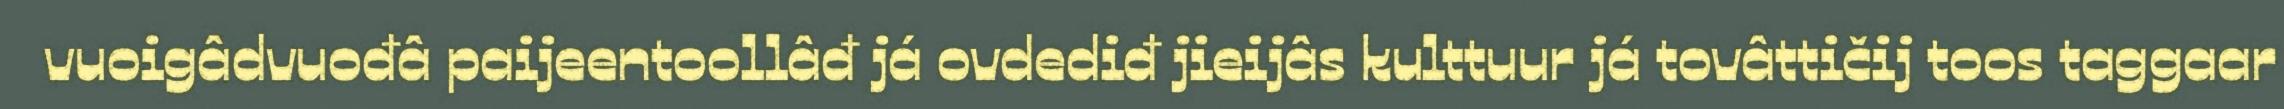
vuoigâdvuođâ paijeentoollâđ já ovdediđ jieijâs kulttuur já tovâttičij toos taggaar